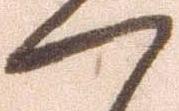
つ